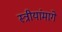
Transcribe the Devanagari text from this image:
स्त्रीयांमागे